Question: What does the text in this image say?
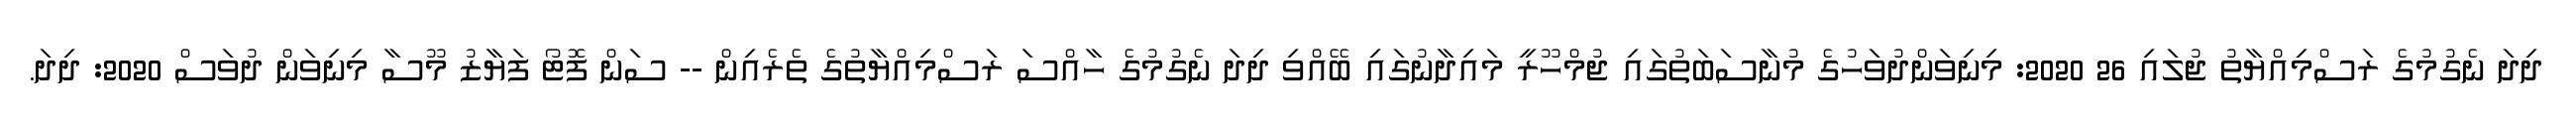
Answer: ދިދަ ނެގުމުގެ ރަސްމިއްޔާތު ޖުލައި 26 2020: މިނިވަންދުވަހުގެ މުނާސަބަތުގައި ޖުމްހޫރީ މައިދާނުގައި ބޭއްވި ދިދަ ނެގުމުގެ ހާއްސަ ރަސްމިއްޔާތުގެ ތެރެއިން -- ސަން ފޮޓޯ ފަޔާޒު މޫސާ މިނިވަން ދުވަސް 2020: ދިދަ.